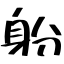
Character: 躮